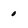
Character: 0